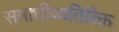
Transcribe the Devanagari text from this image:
समाधीव्यतिरिक्त